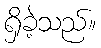
ရှိခဲ့သည်။